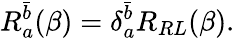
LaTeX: R_{a}^{\bar{b}}(\beta)=\delta_{a}^{\bar{b}}R_{RL}(\beta).